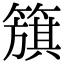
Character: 簱